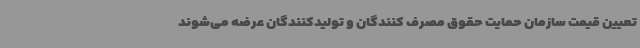
تعیین قیمت سازمان حمایت حقوق مصرف کنندگان و تولیدکنندگان عرضه می‌شوند